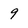
Character: 9